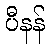
ပီနန်